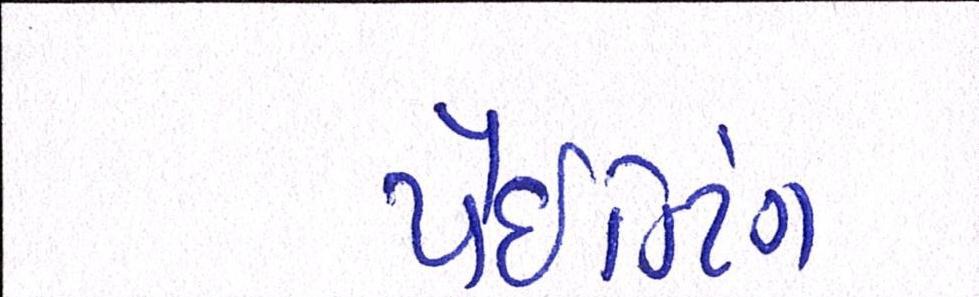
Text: પેઈન્ટિંગ